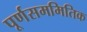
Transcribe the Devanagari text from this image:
पूर्णसममितिक